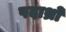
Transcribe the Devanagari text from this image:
पदाथ्रो